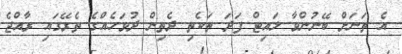
އެ ތަނަށް ބޭނުންވާ ލައިޓް ފަދަ ތަކެތި ދެތިން ދުވަހެއްގެ ތެރޭގައި ރާއްޖެ